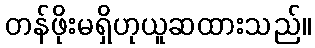
တန်ဖိုးမရှိဟုယူဆထားသည်။